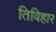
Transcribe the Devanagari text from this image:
तिविहार